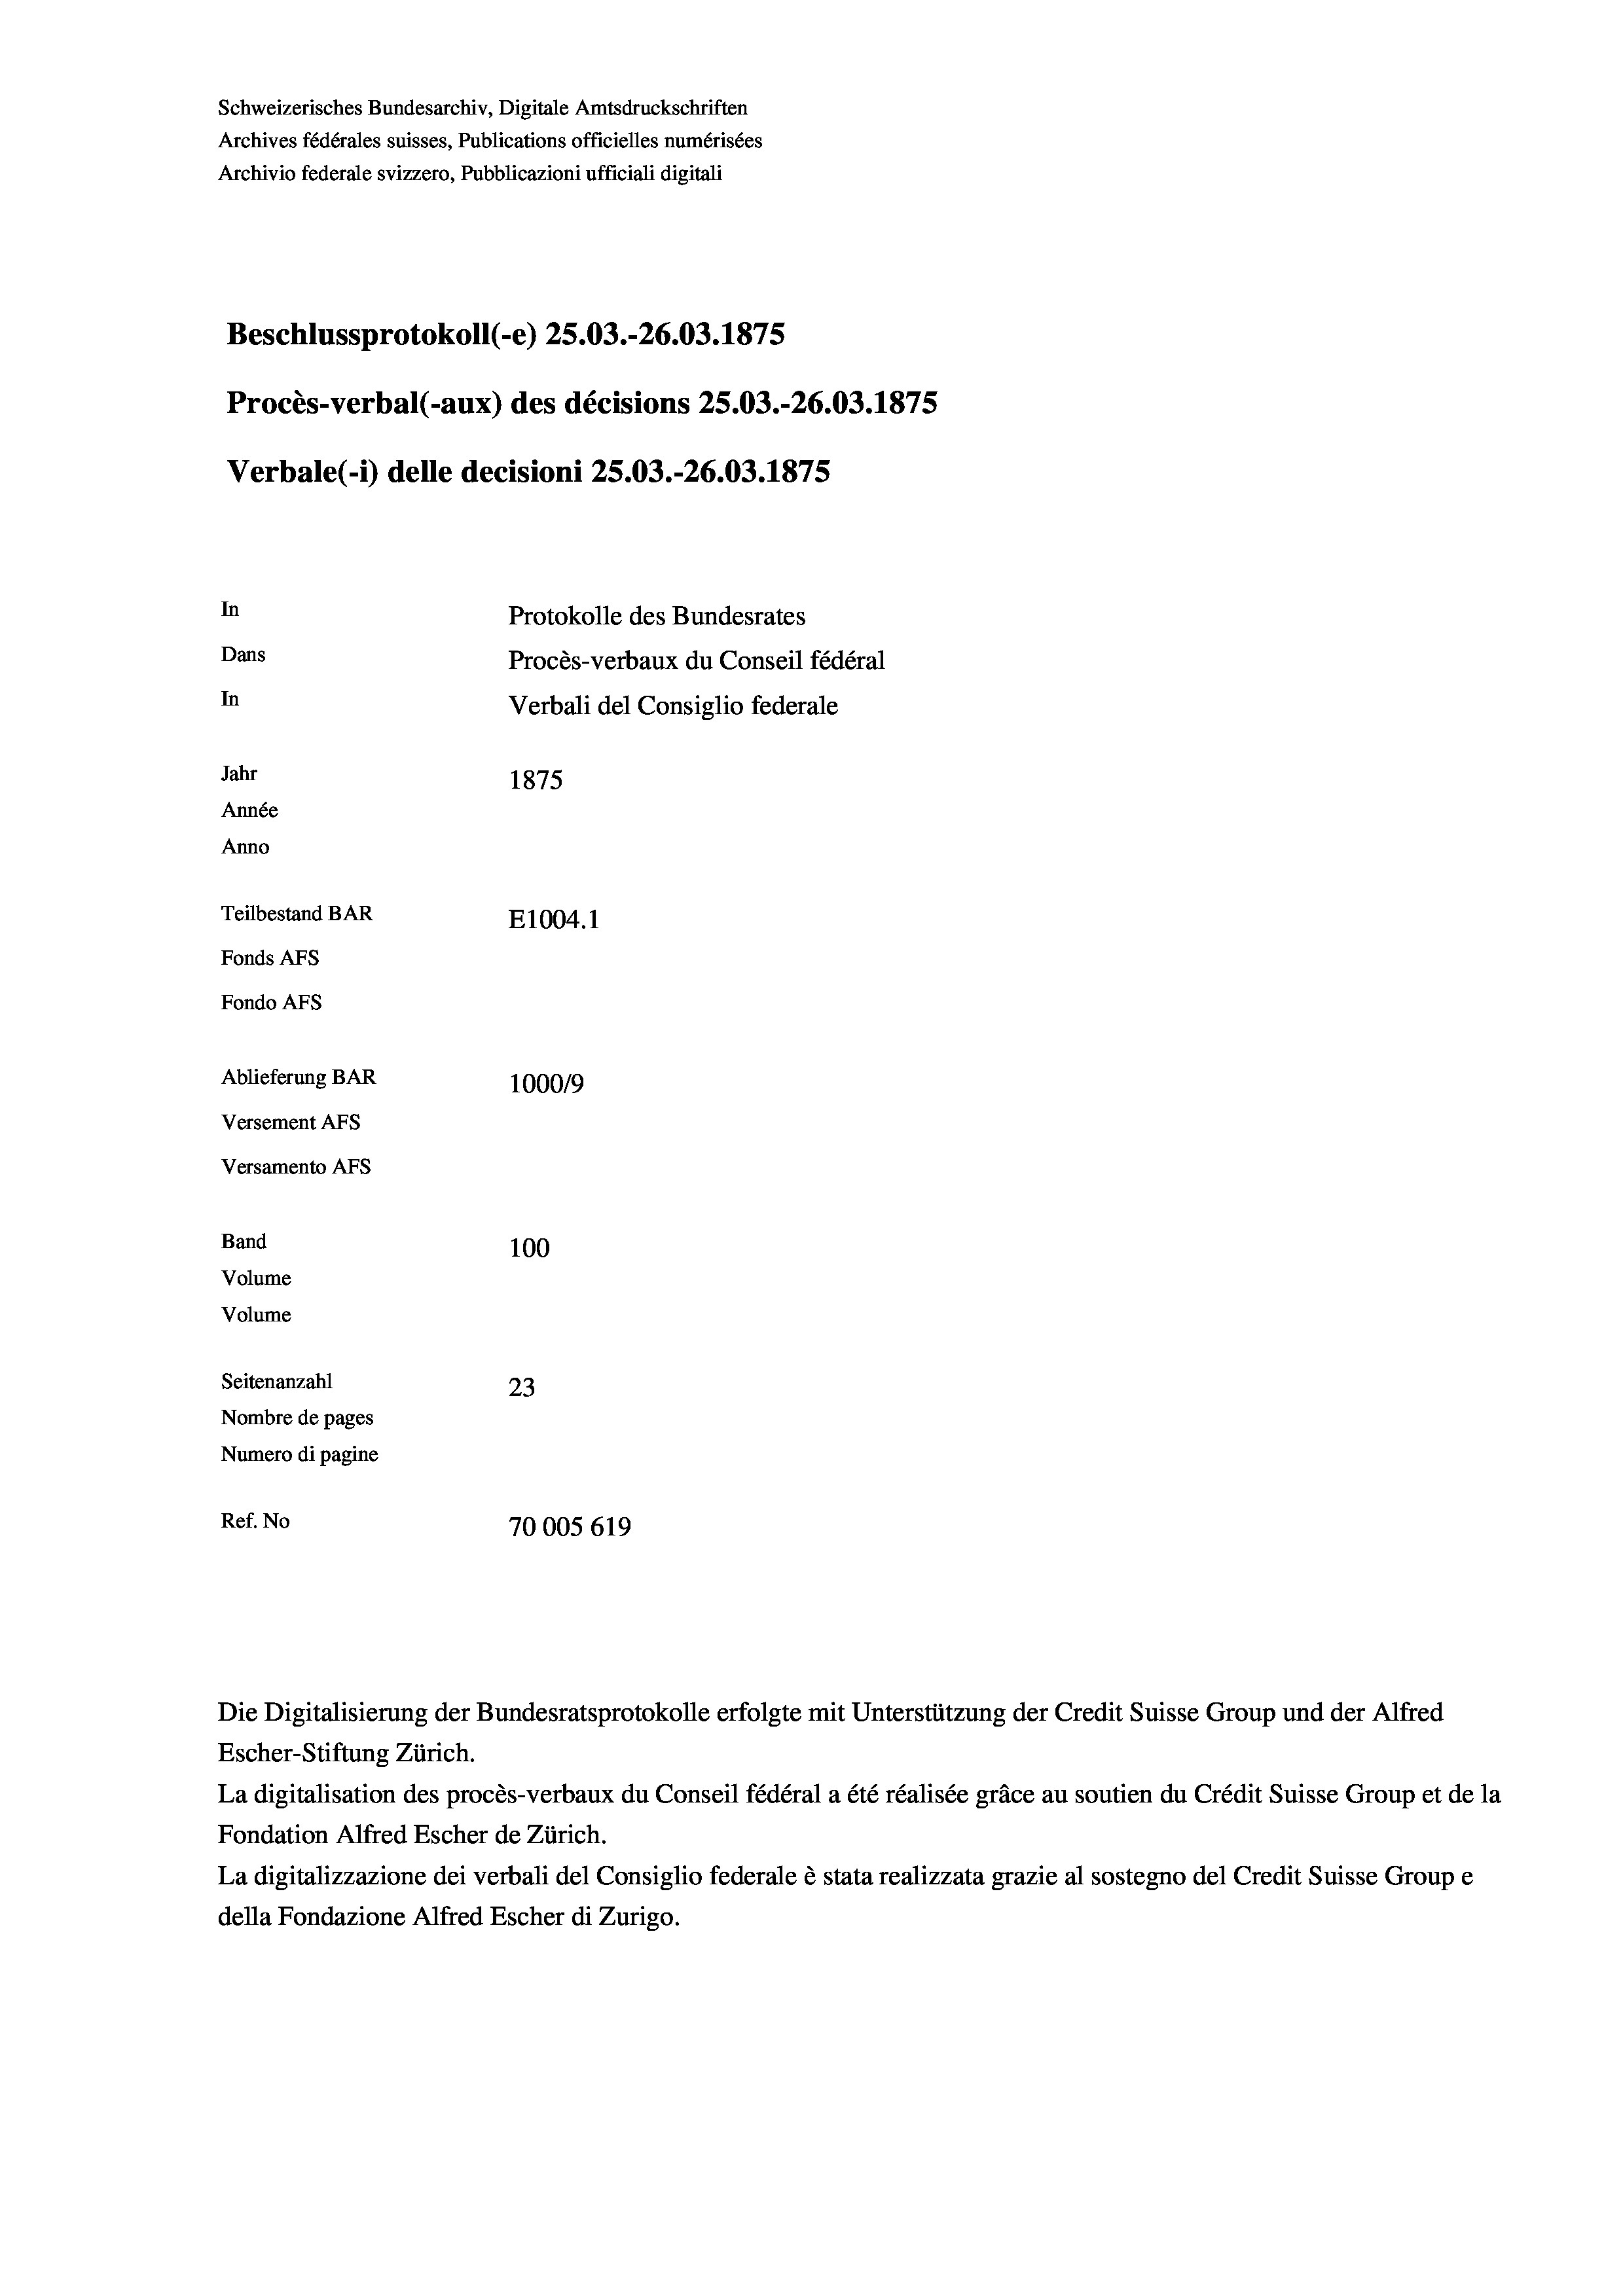
Schweizerisches Bundesarchiv, Digitale Amtsdruckschriften
Archives fédérales suisses, Publications officielles numérisées
Archivio federale svizzero, Pubblicazioni ufficiali digitali
Beschlussprotokoll (-e) 25.03.-26.03. 1875
Procès-verbal (-aux) des décisions 25.03.-26.03. 1875
Verbale (- 1) delle decisioni 25.03.-26.03. 1875
In
Protokolle des Bundesrates
Dans
Procès-verbaux du Conseil fédéral
In
Verbali del Consiglio federale
Jahr
1875
Année
Anno
Teilbestand BAR
E1004. 1
Fonds AFs
Fondo Afs
Ablieferung BAR
100019
Versement AFs
Versamento AFs
Band
100
Volume
Volume
Seitenanzahl
23
Nombre de pages
Numero di pagine
Ref. No
70005 619

Die Digitalisierung der Bundesratsprotokolle erfolgte mit Unterstützung der Credit Suisse Group und der Alfred
Escher-Stiftung Zürich.
La digitalisation des procès-verbaux du Conseil fédéral a été réalisée gräce au soutien du Crédit Suisse Group et de la
Fondation Alfred Escher de Zürich.
La digitalizzazione dei verbali del Consiglio federale è stata realizzata grazie al sostegno del Credit Suisse Groupe
della Fondazione Alfred Escher di Zurigo.